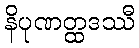
နိပုဏတ္ထဒဿီ